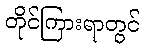
တိုင်ကြားရာတွင်